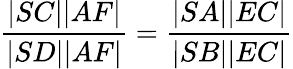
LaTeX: {\frac{|SC||AF|}{|SD||AF|}}={\frac{|SA||EC|}{|SB||EC|}}